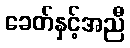
ခေတ်နှင့်အညီ